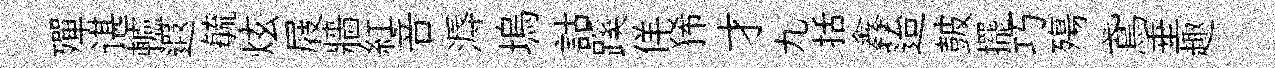
殫谌轤遐毓炫屐牆紅音溽塢詁蹊佯狶才九括鑫迨皷擺巧殤鳶垂趣